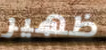
ظهير